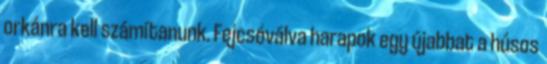
orkánra kell számítanunk. Fejcsóválva harapok egy újabbat a húsos